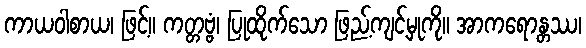
ကာယဝါစာယ၊ ဖြင့်။ ကတ္တဗ္ဗံ၊ ပြုထိုက်သော ဖြည့်ကျင့်မှုကို။ အာကရောန္တဿ၊